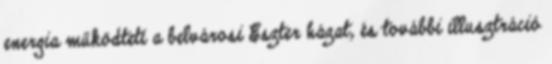
energia működteti a belvárosi Eszter házat, és további illusztráció